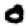
Digit: 0